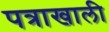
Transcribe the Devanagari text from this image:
पत्राखाली